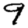
Digit: 9